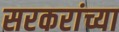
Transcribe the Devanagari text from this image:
सरकरांच्या